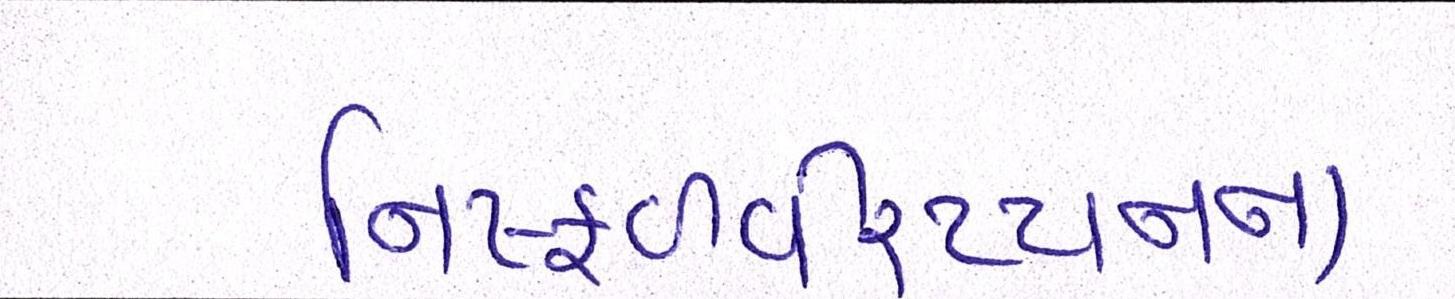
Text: નિષ્ફળવીરપ્પનના